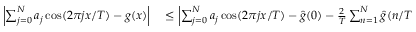
\begin{array} { r l } { \left| \sum _ { j = 0 } ^ { N } a _ { j } \cos ( 2 \pi j x / T ) - g ( x ) \right| } & { { } \le \left| \sum _ { j = 0 } ^ { N } a _ { j } \cos ( 2 \pi j x / T ) - \hat { g } ( 0 ) - \frac { 2 } { T } \sum _ { n = 1 } ^ { N } \hat { g } ( n / T ) \cos ( 2 \pi x n / T ) \right| } \end{array}